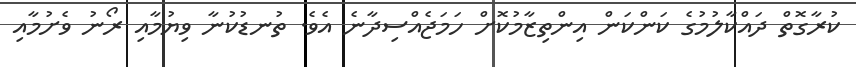
ކުރާގޮތް ދައްކާލުމުގެ ކަންކަން އިންތިޒާމުކޮށް ހަމަޖެއްސިދާނެ އެވެ. ތުނޑުކުނާ ވިޔުމާއި ރޯނު ވެށުމާއި